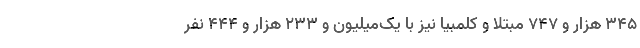
345 هزار و 747 مبتلا و کلمبیا نیز با یک‌میلیون و 233 هزار و 444 نفر